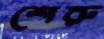
শেরু